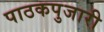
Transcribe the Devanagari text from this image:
पाठकपुजारी